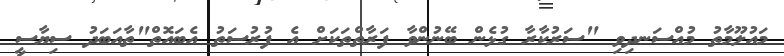
މައުލޫމާތު މުއްސަނދިވި "ސަރުކާރާ ގުޅެން ބޭނުންވާ ފަރާތްތަކަށް އެ ފުރުސަތު އެބައޮތް"ތާއަބަދު ސިޔާސީ